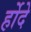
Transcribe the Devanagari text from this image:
र्होदे